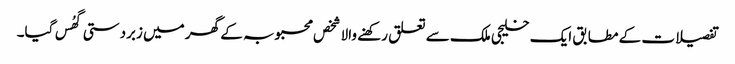
تفصیلات کے مطابق ایک خلیجی ملک سے تعلق رکھنے والا شخص محبوبہ کے گھر میں زبردستی گھُس گیا۔